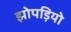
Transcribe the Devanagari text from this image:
झोपड़ियो